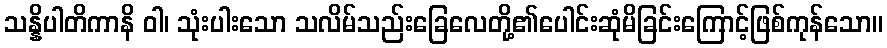
သန္နိပါတိကာနိ ဝါ၊ သုံးပါးသော သလိမ်သည်းခြေလေတို့၏ပေါင်းဆုံမိခြင်းကြောင့်ဖြစ်ကုန်သော။